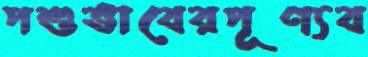
পশুভাবেরপূণ্যব